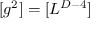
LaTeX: [ g ^ { 2 } ] = [ L ^ { D - 4 } ]